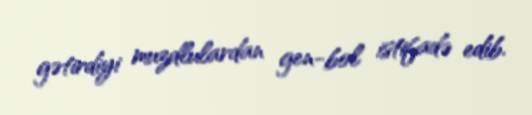
gətirdiyi muzdlulardan gen-bol istifadə edib.